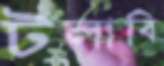
টলাবি